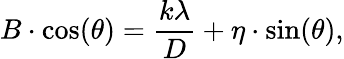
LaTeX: B\cdot\cos(\theta)={\frac{k\lambda}{D}}+\eta\cdot\sin(\theta),